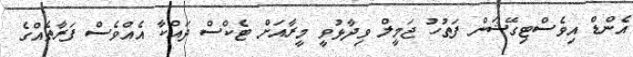
އެންޑް އިވެސްޓިގޭޝަން ފަތުހު ޖަމީލް ވިދާޅުވީ މީރާއަށް ޓެކްސް ދައްކާ އެއްވެސް ފަރާތެއްގެ